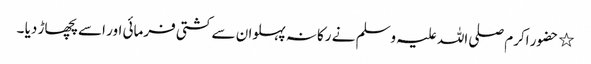
٭ حضور اکرم صلی اللہ علیہ وسلم نے رکانہ پہلوان سے کشتی فرمائی اور اسے پچھاڑ دیا ۔